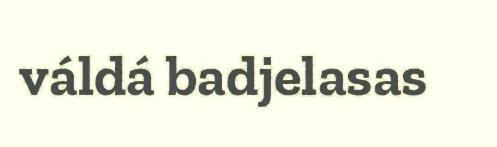
váldá badjelasas